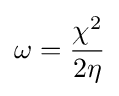
\omega ={\frac {\chi ^{2}}{2\eta }}